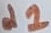
Text: d1